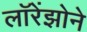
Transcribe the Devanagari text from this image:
लॉरेंझोने